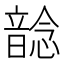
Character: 𩐭